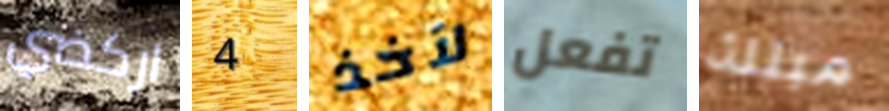
اركضي 4 لآخذ تفعل مبتلة